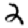
Digit: 2